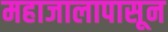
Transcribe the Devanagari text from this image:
महाजालापासून